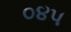
૦૪૫